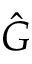
\hat { G }